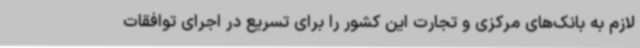
لازم به بانک‌های مرکزی و تجارت این کشور را برای تسریع در اجرای توافقات